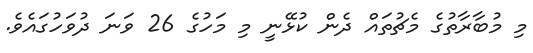
މި މުބާރާތުގެ މެޗުތައް ދެން ކުޅޭނީ މި މަހުގެ 26 ވަނަ ދުވަހުގައެވެ.